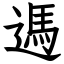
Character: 遤